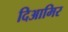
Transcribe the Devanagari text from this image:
दिआमिर